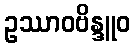
ဥဿာဝဗိန္ဒူဝ